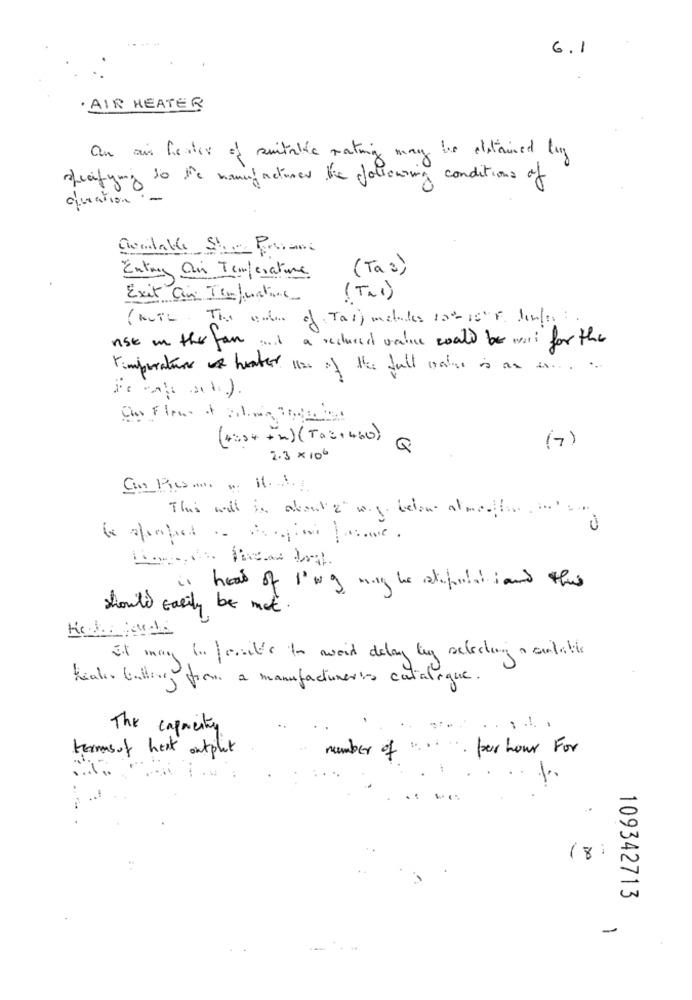
.....
6.1
· AIR HEATER
On ais fester of suitalic rating may be detained buy
specifying to the manufacturer the following conditions of
queation.
Contable Store Provame
(Ta 2)
Entry air Temperature
Exit Cin Tenjustine
( Tal)
(weil. The modern of Tas) melules 100- 10º F linkes:
nst in the fan . a rechaces ualice could be wart for the
temperaturer & heater 1120 of the full water is an in ...
(7)
(+:04 +2) (Ta : + 460) Q
2.3x 106
This will in about a" wig. below almaaflor ina
is head of 1'09 may be stipulatiand this
should easily be mot.
it may be fesait's to wort delay by selecting , ontable
Realis falling from a manufacturer's catalogue.
The capacity
termsof heat output
per hour For
number of
%
.. .
..
18
109342713